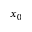
x _ { 0 }